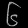
Digit: ၆